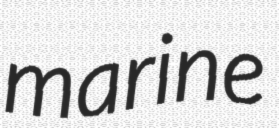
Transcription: marine